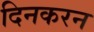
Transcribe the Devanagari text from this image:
दिनकरन